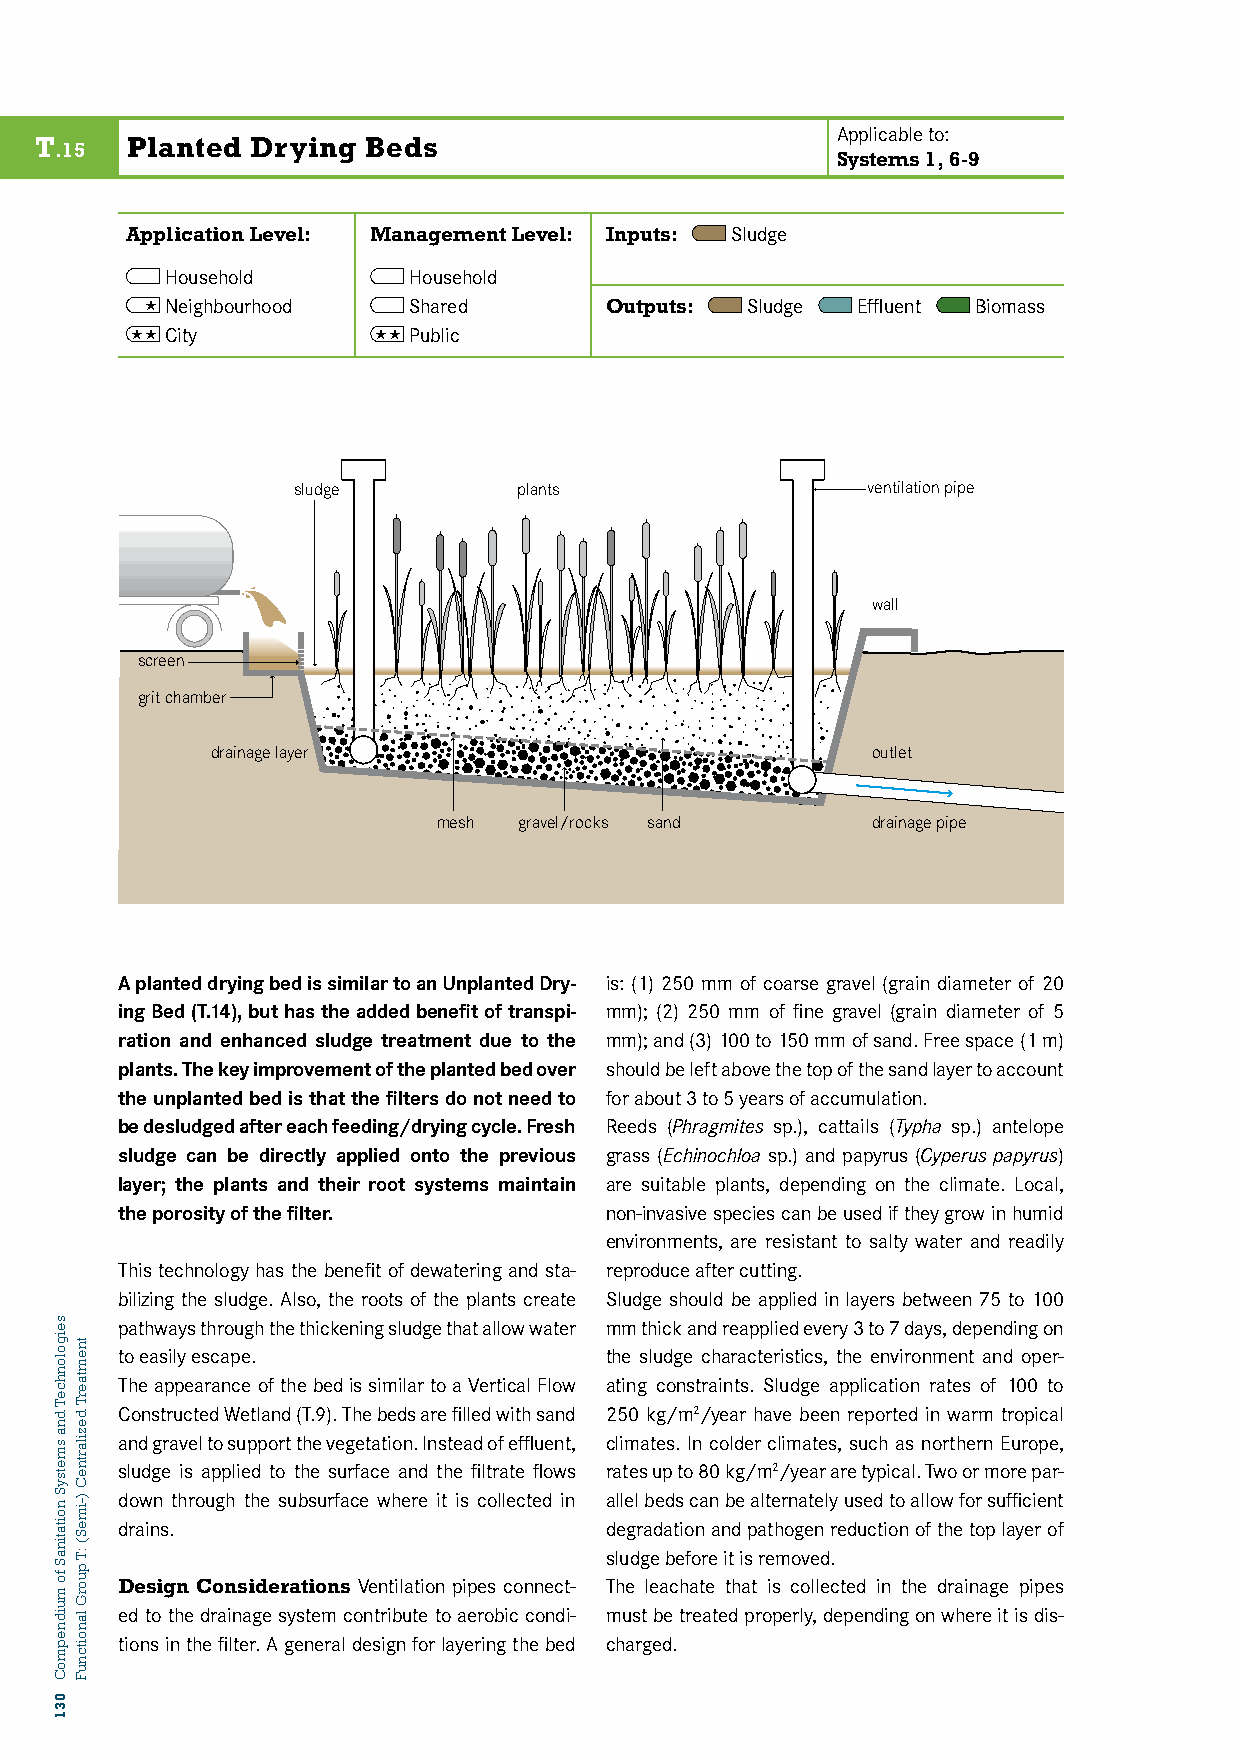
Applicable to:
 T     Planted  Drying Beds
 .15
 Systems 1, 6-9
 Application Level: Management Level: Inputs: Sludge
 Household       Household
  Neighbourhood  Shared       Outputs: Sludge  Effluent Biomass
 T13: CPitLyANTED DRYING BED PSu b1l0ic9
 sludge         plants                 ventilation pipe
 wall
 screen
 grit chamber
 drainage layer                              outlet
 mesh gravel/rocks sand       drainage pipe
 A planted drying bed is similar to an Unplanted Dry- is: (1) 250 mm of coarse gravel (grain diameter of 20
 ing Bed (T.14), but has the added benefit of transpi- mm); (2) 250 mm of fine gravel (grain diameter of 5
 ration and enhanced sludge treatment due to the mm); and (3) 100 to 150 mm of sand. Free space (1 m)
 plants. The key improvement of the planted bed over should be left above the top of the sand layer to account
 the unplanted bed is that the filters do not need to for about 3 to 5 years of accumulation.
 be desludged after each feeding/drying cycle. Fresh Reeds (Phragmites sp.), cattails (Typha sp.) antelope
 sludge can be directly applied onto the previous grass (Echinochloa sp.) and papyrus (Cyperus papyrus)
 layer; the plants and their root systems maintain are suitable plants, depending on the climate. Local,
 the porosity of the filter.     non-invasive species can be used if they grow in humid
 environments, are resistant to salty water and readily
 This technology has the benefit of dewatering and sta- reproduce after cutting.
 bilizing the sludge. Also, the roots of the plants create Sludge should be applied in layers between 75 to 100
 pathways through the thickening sludge that allow water mm thick and reapplied every 3 to 7 days, depending on
 to easily escape.               the sludge characteristics, the environment and oper-
 The appearance of the bed is similar to a Vertical Flow ating constraints. Sludge application rates of 100 to
 Constructed Wetland (T.9). The beds are filled with sand 250 kg/m2/year have been reported in warm tropical
 and gravel to support the vegetation. Instead of effluent, climates. In colder climates, such as northern Europe,
 sludge is applied to the surface and the filtrate flows rates up to 80 kg/m2/year are typical. Two or more par-
 down through the subsurface where it is collected in allel beds can be alternately used to allow for sufficient
 drains.                         degradation and pathogen reduction of the top layer of
 sludge before it is removed.
 Design Considerations Ventilation pipes connect- The leachate that is collected in the drainage pipes
 ed to the drainage system contribute to aerobic condi- must be treated properly, depending on where it is dis-
 tions in the filter. A general design for layering the bed charged.
 seigolonhceT
 dna
 smetsyS
 noitatinaS
 fo
 muidnepmoC
 031
 tnemtaerT
 dezilartneC
 )-imeS(
 :T
 puorG
 lanoitcnuF